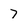
Character: 7